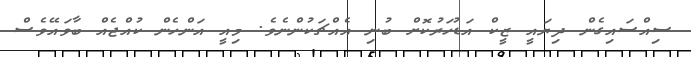
ސިއްސައިގެން ދިޔައީ ޒީކް އަޑުހަރުކޮށް ބުނި އެއްޗަކުންނެވެ. މިއީ އަންހެންް ކުއްޖެއް ބާވައޭވެސް